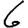
Digit: 6